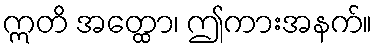
ဣတိ အတ္ထော၊ ဤကားအနက်။